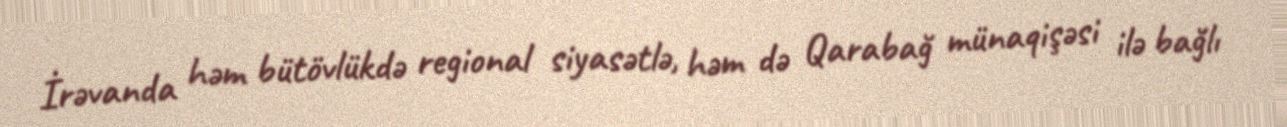
İrəvanda həm bütövlükdə regional siyasətlə, həm də Qarabağ münaqişəsi ilə bağlı